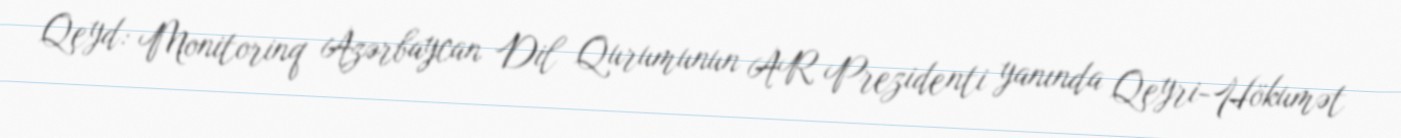
Qeyd: Monitorinq Azərbaycan Dil Qurumunun AR Prezidenti yanında Qeyri-Hökumət